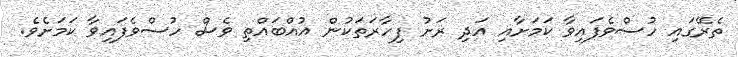
ތެރޭގައި ހުސްވެފައިވާ ކަމަށާއި އަދި ރަށު ފިހާރަތަކުން އުއްބައްތި ވެސް ހުސްވެފައިވާ ކަމަށެވެ.